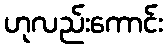
ဟုလည်းကောင်း